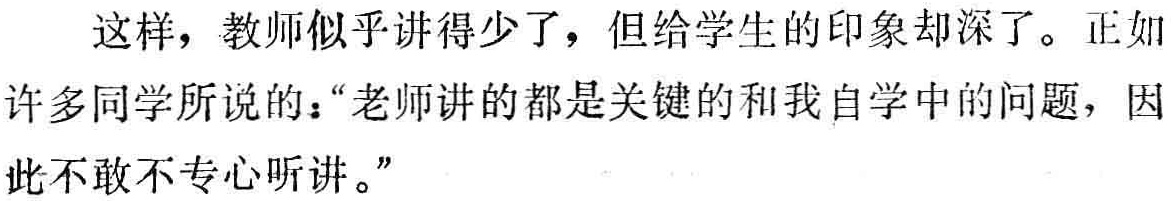
这样，教师似乎讲得少了，但给学生的印象却深了。正如
许多同学所说的：“老师讲的都是关键的和我自学中的问题，因
此不敢不专心听讲。”